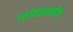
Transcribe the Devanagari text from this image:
अशोककालातील